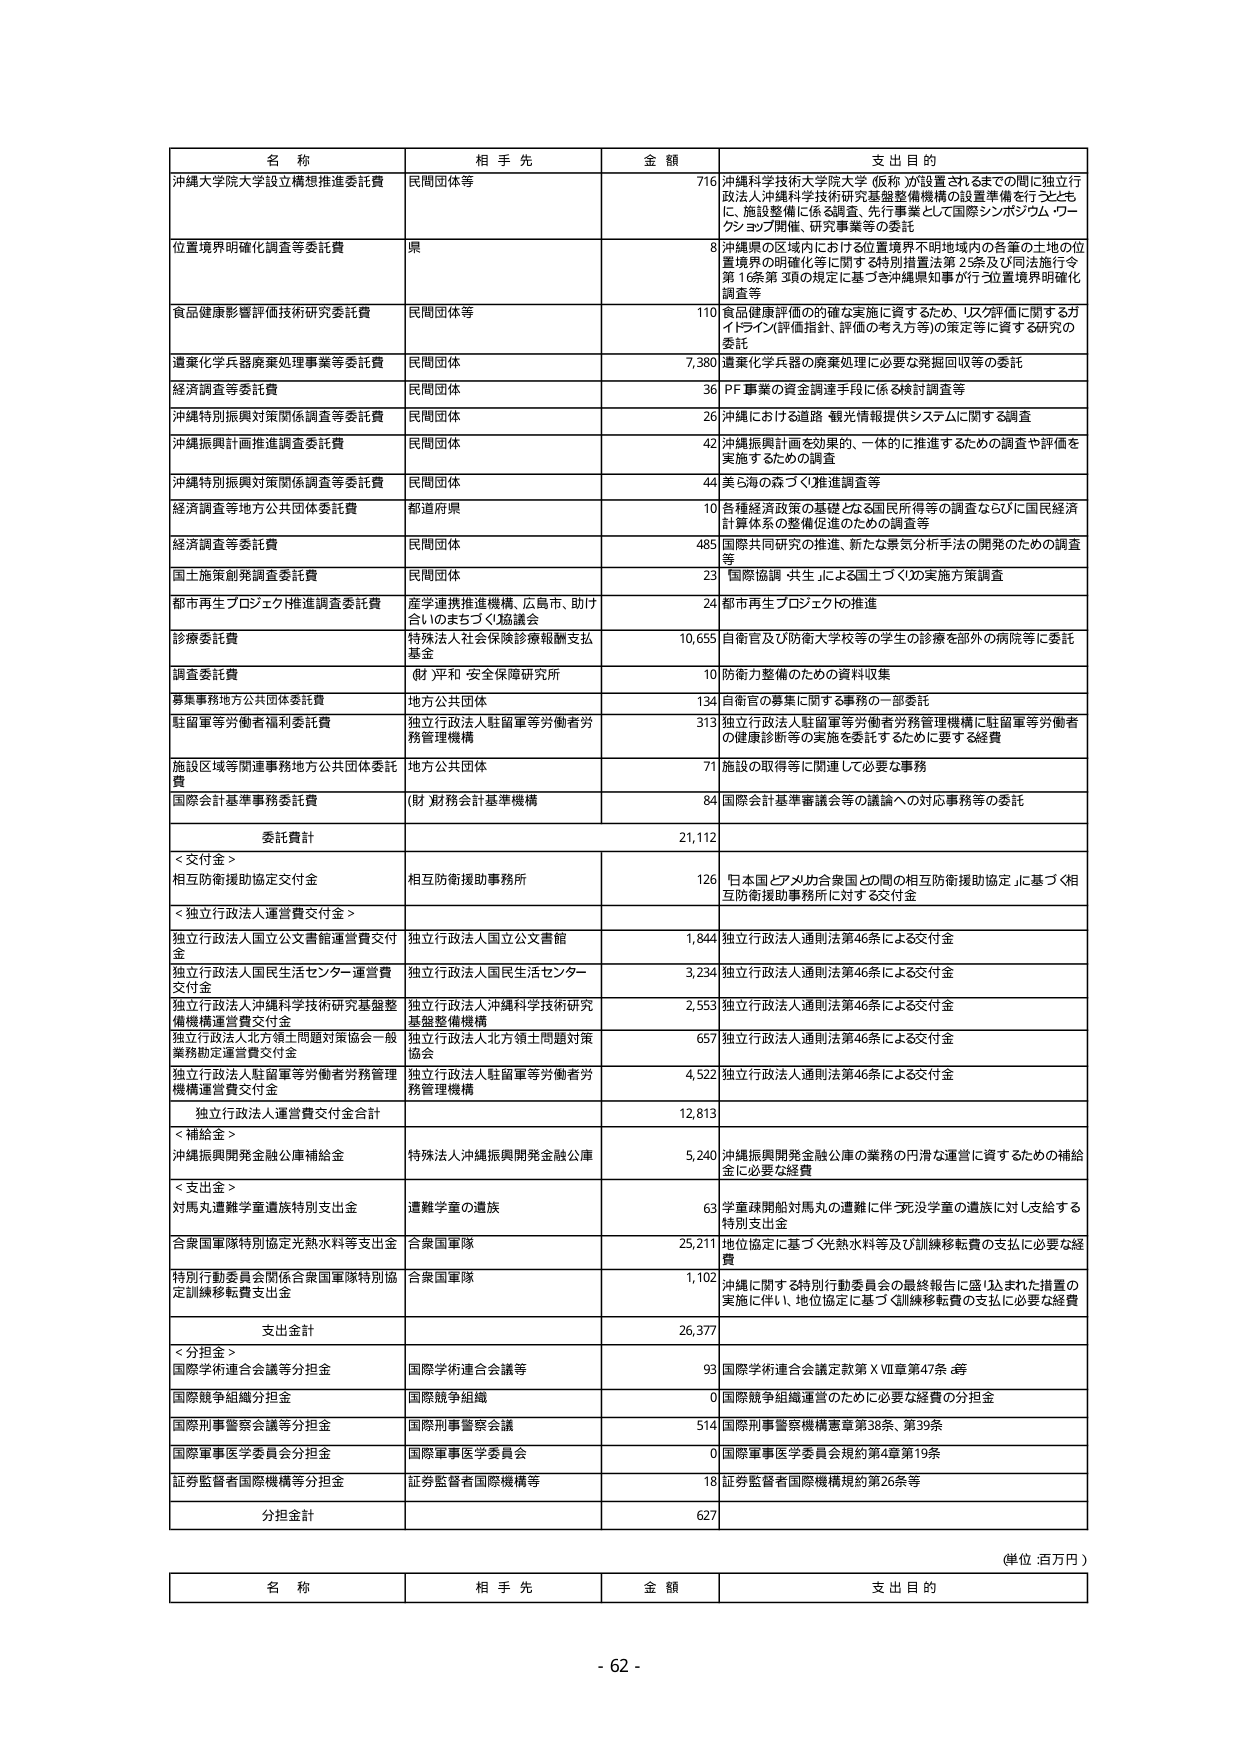
名 称
相 手 先
金 額
支 出 目 的
沖縄大学院大学設立構想推進委託費
民間団体等
716
沖縄科学技術大学院大学（仮称）が設置されるまでの間に独立行政法人沖縄科学技術研究基盤整備機構の設置準備を行うとともに、施設整備に係る調査、先行事業として国際シンポジウム・ワークショップ開催、研究事業等の委託
位置境界明確化調査等委託費
県
8
沖縄県の区域内における位置境界不明地域内の各筆の土地の位置境界の明確化等に関する特別措置法第2条及び同法施行令第1条第3項の規定に基づき沖縄県知事が行う位置境界明確化調査等
食品健康影響評価技術研究委託費
民間団体等
110
食品健康評価の的確な実施に資するため、「リスク評価に関するガイドライン（評価指針、評価の考え方等）」の策定等に資する研究の委託
遺棄化学兵器廃棄処理事業等委託費
民間団体
7,380
遺棄化学兵器の廃棄処理に必要な発掘回収等の委託
経済調査等委託費
民間団体
36
PF事業の資金調達手段に係る検討調査等
沖縄特別振興対策関係調査等委託費
民間団体
26
沖縄における道路・観光情報提供システムに関する調査
沖縄振興計画推進調査委託費
民間団体
42
沖縄振興計画を効果的、一体的に推進するための調査や評価を実施するための調査
沖縄特別振興対策関係調査等委託費
民間団体
44
美ら海の森づくり推進調査等
経済調査等地方公共団体委託費
都道府県
10
各種経済政策の基礎となる国民所得等の調査ならびに国民経済計算体系の整備促進のための調査等
経済調査等委託費
民間団体
485
国際共同研究の推進、新たな景気分析手法の開発のための調査等
国土施策創発調査委託費
民間団体
23
国際協調「共生」による国土づくりの実施方策調査
都市再生プロジェクト推進調査委託費
産学連携推進機構、広島市、助け合いのまちづくり協議会
24
都市再生プロジェクトの推進
診療委託費
特殊法人社会保険診療報酬支払基金
10,655
自衛官及び防衛大学校等の学生の診療を部外の病院等に委託
調査委託費
（財）平和・安全保障研究所
10
防衛力整備のための資料収集
募集事務地方公共団体委託費
地方公共団体
134
自衛官の募集に関する事務の一部委託
駐留軍等労働者関係委託費
独立行政法人駐留軍等労働者労務管理機構
313
独立行政法人駐留軍等労働者労務管理機構に駐留軍等労働者の健康診断等の実施を委託するために要する経費
施設区域等関連事務地方公共団体委託費
地方公共団体
71
施設の取得等に関連して必要な事務
国際会計基準事務委託費
（財）財務会計基準機構
84
国際会計基準審議会等の議論への対応事務等の委託
委託費計
21,112
＜交付金＞
相互防衛援助協定交付金
相互防衛援助事務所
126
日本国とアメリカ合衆国との間の相互防衛援助協定に基づく相互防衛援助事務所に対する交付金
＜独立行政法人運営費交付金＞
独立行政法人国立公文書館運営費交付金
独立行政法人国立公文書館
1,844
独立行政法人通則法第46条による交付金
独立行政法人国民生活センター運営費交付金
独立行政法人国民生活センター
3,234
独立行政法人通則法第46条による交付金
独立行政法人沖縄科学技術研究基盤整備機構運営費交付金
独立行政法人沖縄科学技術研究基盤整備機構
2,553
独立行政法人通則法第46条による交付金
独立行政法人北方領土問題対策協会一般業務勘定運営費交付金
独立行政法人北方領土問題対策協会
657
独立行政法人通則法第46条による交付金
独立行政法人駐留軍等労働者労務管理機構運営費交付金
独立行政法人駐留軍等労働者労務管理機構
4,522
独立行政法人通則法第46条による交付金
独立行政法人運営費交付金合計
12,813
＜補給金＞
沖縄振興開発金融公庫補給金
特殊法人沖縄振興開発金融公庫
5,240
沖縄振興開発金融公庫の業務の円滑な運営に資するための補給金に必要な経費
＜支出金＞
対馬丸遭難挙童遭難特別支出金
遭難学童の遺族
63
学童疎開船対馬丸の遭難に伴う死没学童の遺族に対し支給する特別支出金
合衆国軍隊特別協定光熱水料等支出金
合衆国軍隊
25,211
地位協定に基づく光熱水料等及び訓練移転費の支払に必要な経費
特別行動委員会関係合衆国軍隊特別協定訓練移転費支出金
合衆国軍隊
1,102
沖縄に関する特別行動委員会の最終報告に盛り込まれた措置の実施に伴い、地位協定に基づく訓練移転費の支払に必要な経費
支出金計
26,377
＜分担金＞
国際学術連合会議等分担金
国際学術連合会議等
93
国際学術連合会議定款第ⅩⅦ章第47条等
国際競争組織分担金
国際競争組織
0
国際競争組織運営のために必要な経費の分担金
国際刑事警察会議等分担金
国際刑事警察会議
514
国際刑事警察機構憲章第38条、第39条
国際軍事医学委員会分担金
国際軍事医学委員会
0
国際軍事医学委員会規約第4章第19条
証券監督者国際機構等分担金
証券監督者国際機構等
18
証券監督者国際機構規約第26条等
分担金計
627
（単位：百万円）
名 称
相 手 先
金 額
支 出 目 的
- 62 -